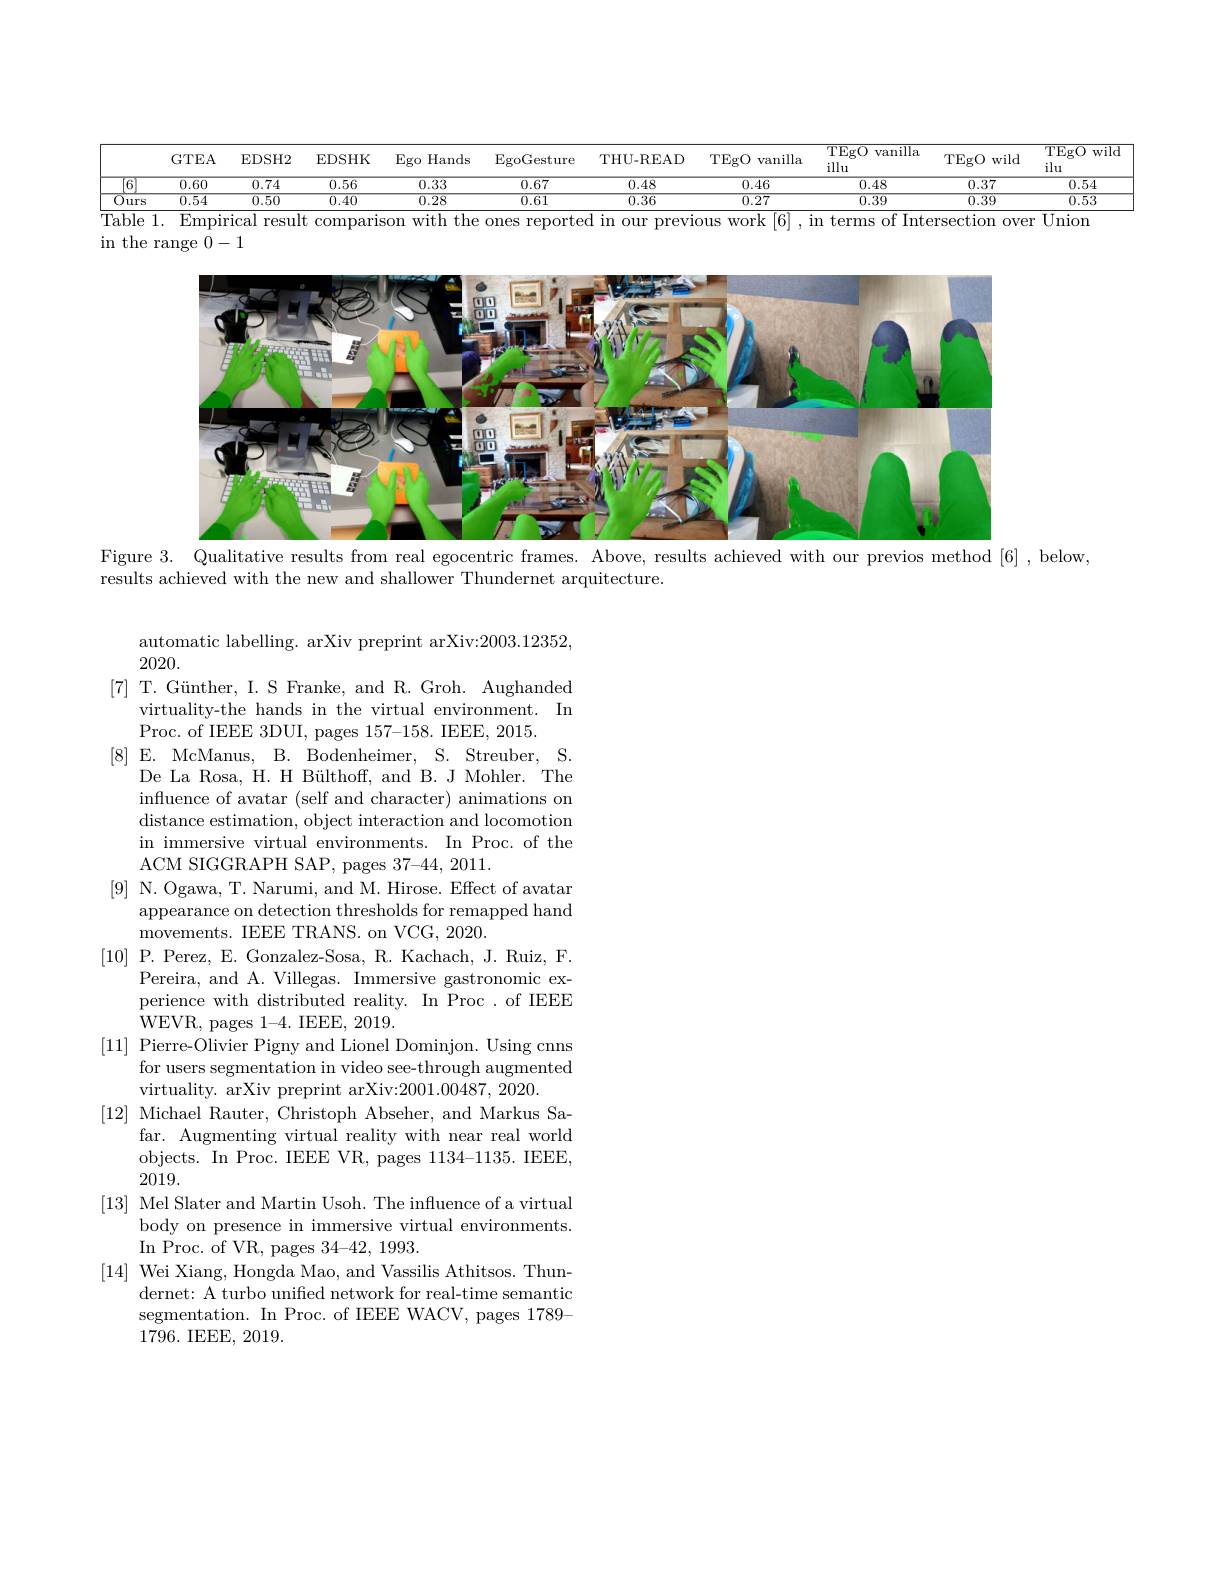
<table>
	<tbody>
		<tr>
			<th> </th>
			<th>GTEA</th>
			<th>$\operatorname{EDSH2}$</th>
			<th>$3HK$ Ego</th>
			<th>ands $\operatorname{Egc}$</th>
			<th>re THU-READ</th>
			<th>TEgO vanilla</th>
			<th>$\overline{\mathrm{TEgO}}$ vanilla illu</th>
			<th>TEgO wild</th>
			<th>$\overline{\mathrm{TEgO}}$ $W$ ilu</th>
		</tr>
		<tr>
			<td>6</td>
			<td>0.60</td>
			<td>0.74</td>
			<td>56 0.</td>
			<td>3</td>
			<td>0.48</td>
			<td>0.46</td>
			<td>0.48</td>
			<td>0.37</td>
			<td>0.54</td>
		</tr>
		<tr>
			<td>$\overline{Ours}$</td>
			<td>0.54</td>
			<td>0.50</td>
			<td>40 $\overline{0}.$</td>
			<td>3</td>
			<td>0.36</td>
			<td>$\overline{0.27}$</td>
			<td>$\overline{0.39}$</td>
			<td>$\overline{0.39}$</td>
			<td>0.53</td>
		</tr>
	</tbody>
</table>

in the range 0-1

<FigureHere>
Figure 3. Qualitative results from real egocentric frames. Above, results achieved with our previos method [6]

below

results achieved with the new and shallower Thundernet arquitecture.

automatic labelling. arXiv preprint arXiv:2003.12352,
2020.
[7] T. Günther, I. S Franke, and R. Groh. Aughanded
virtuality-the hands in the virtual environment. In
Proc. of IEEE 3DUI, pages 157-158. IEEE, 2015.
[8]E. McManus, B. Bodenheimer, S. Streuber, S.
De La Rosa, H. H Bülthoff, and B. J Mohler. The infuence of avatar (self and character) animations on $\begin{array}{c}\text{distance estimation, object interaction and locomotion}\\\end{array}$ in immersive virtual environments. In Proc. of the ACM SIGGRAPH SAP, pages 37-44, 2011.
[9] N. Ogawa, T. Narumi, and M. Hirose. Effect of avatar
appearance on detection thresholds for remapped hand
movements. IEEE TRANS. on VCG, 2020.
[10] P. Perez, E. Gonzalez-Sosa, R. Kachach, J. Ruiz, F.
Pereira, and A. Villegas. Immersive gastronomic experience with distributed reality. In Proc. of IEEE WEVR, pages 1-4. IEEE, 2019.
[11] Pierre-Olivier Pigny and Lionel Dominjon. Using cnns
for users segmentation in video see-through augmented
virtuality. arXiv preprint arXiv:2001.00487, 2020.
[12] Michael Rauter, Christoph Abseher, and Markus Sa-
far. Augmenting virtual reality with near real world objects. In Proc. IEEE VR, pages 1134-1135. IEEE, 2019.
[13] Mel Slater and Martin Usoh. The influence of a virtual
body on presence in immersive virtual environments.
In Proc. of VR, pages 34-42,1993.
[14] Wei Xiang, Hongda Mao, and Vassilis Athitsos. Thun-
dernet: A turbo unified network for real-time semantic segmentation. In Proc. of IEEE WACV, pages 1789- 1796. IEEE, 2019.